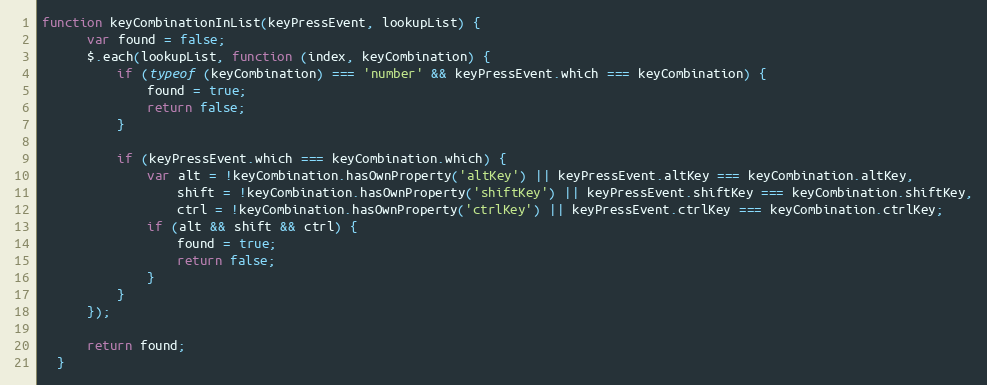
Language: JavaScript
function keyCombinationInList(keyPressEvent, lookupList) {
      var found = false;
      $.each(lookupList, function (index, keyCombination) {
          if (typeof (keyCombination) === 'number' && keyPressEvent.which === keyCombination) {
              found = true;
              return false;
          }

          if (keyPressEvent.which === keyCombination.which) {
              var alt = !keyCombination.hasOwnProperty('altKey') || keyPressEvent.altKey === keyCombination.altKey,
                  shift = !keyCombination.hasOwnProperty('shiftKey') || keyPressEvent.shiftKey === keyCombination.shiftKey,
                  ctrl = !keyCombination.hasOwnProperty('ctrlKey') || keyPressEvent.ctrlKey === keyCombination.ctrlKey;
              if (alt && shift && ctrl) {
                  found = true;
                  return false;
              }
          }
      });

      return found;
  }